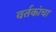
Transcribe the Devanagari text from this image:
वर्तकांचा